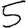
Digit: 5